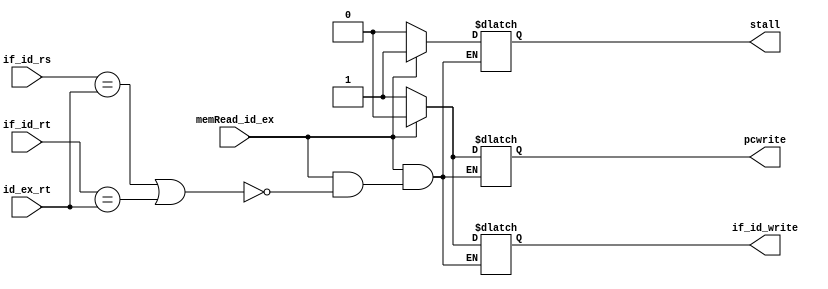
module stalling_unit(if_id_rs,if_id_rt,id_ex_rt,memRead_id_ex,stall,if_id_write,pcwrite);
input [4:0] if_id_rs , if_id_rt , id_ex_rt; 
input memRead_id_ex;
output reg stall , if_id_write , pcwrite ;

always@(*)
begin

if(memRead_id_ex == 1'b1)
begin
if(if_id_rs == id_ex_rt || if_id_rt == id_ex_rt )
begin
stall = 1'b1;
pcwrite = 1'b0;
if_id_write = 1'b0;
end
end

else
begin
stall = 1'b0;
pcwrite = 1'b1;
if_id_write = 1'b1;
end

end 
endmodule